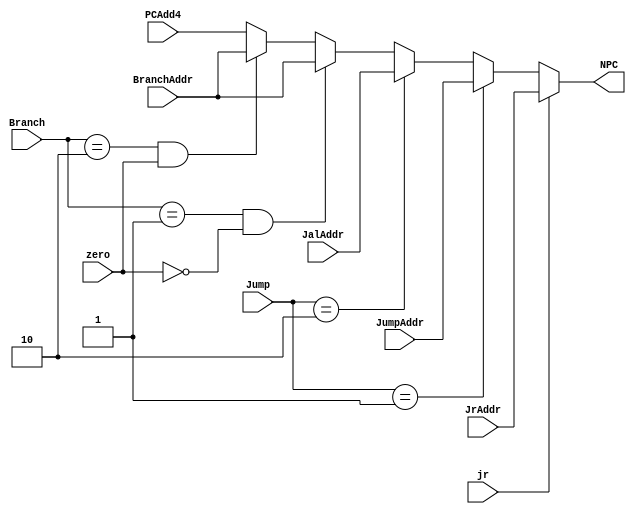
`timescale 1ns / 1ps
//////////////////////////////////////////////////////////////////////////////////
// Company: 
// Engineer: 
// 
// Design Name: 
// Module Name: NPC
// Project Name: 
// Target Devices: 
// Tool Versions: 
// Description: 
// 
// Dependencies: 
// 
// Revision:
// Revision 0.01 - File Created
// Additional Comments:
// 
//////////////////////////////////////////////////////////////////////////////////

//Branch
`define bno  2'b00
`define beq  2'b01
`define bne  2'b10
//Branch

//j class
`define jno  2'b00
`define j    2'b01
`define jal  2'b10
//j class

module NPC(Branch,zero,Jump,jr,BranchAddr,PCAdd4,JumpAddr,JalAddr,JrAddr,NPC);
    input [1:0] Branch;
    input zero;
    input [1:0] Jump;
    input jr;
    input [31:0] BranchAddr;
    input [31:0] PCAdd4;
    input [31:0] JumpAddr;
    input [31:0] JalAddr;
    input [31:0] JrAddr;

    output reg [31:0] NPC;

    always @(*) begin
        NPC = PCAdd4;
        if(Branch==`beq && zero==0)
            NPC = BranchAddr;
        else if(Branch==`bne && zero==1)
            NPC = BranchAddr;
        
        if(Jump==`j)
            NPC = JumpAddr;
        else if(Jump==`jal)
            NPC = JalAddr;
        
        if(jr==1)
            NPC = JrAddr;
    end

endmodule